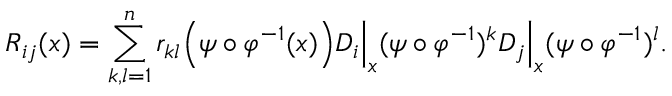
R _ { i j } ( x ) = \sum _ { k , l = 1 } ^ { n } r _ { k l } { \Big ( } \psi \circ \varphi ^ { - 1 } ( x ) { \Big ) } D _ { i } { \Big | } _ { x } ( \psi \circ \varphi ^ { - 1 } ) ^ { k } D _ { j } { \Big | } _ { x } ( \psi \circ \varphi ^ { - 1 } ) ^ { l } .